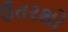
ઉતરશો